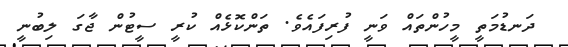
ދަނޑުމަތީ މީހުންތައް ވަނީ ފުރިފައެވެ. ތަންކޮޅެއް ކުރީ ސީޓުން ޖާގަ ލިބުނީ